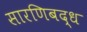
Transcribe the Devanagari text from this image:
सारणिबद्ध